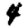
Digit: 4